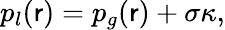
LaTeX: p_{l}(\mathsf{r})=p_{g}(\mathsf{r})+\sigma\kappa,